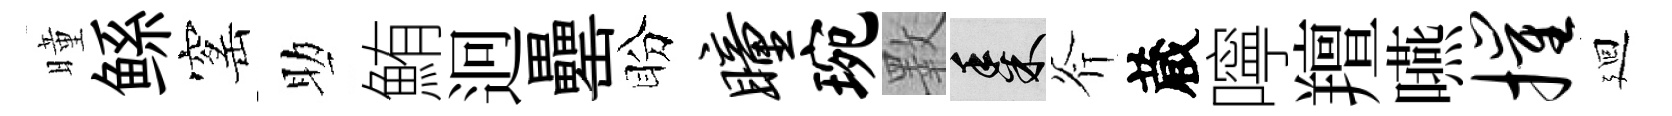
曈鲧窰助鮪迥罍盼瞳琬斁黍斧蔵嚀羶嚥摧廻